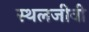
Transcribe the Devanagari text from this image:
स्थलजीवी